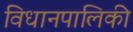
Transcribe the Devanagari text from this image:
विधानपालिकी